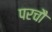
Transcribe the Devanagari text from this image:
परचौ